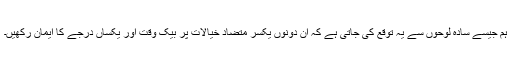
ہم جیسے سادہ لوحوں سے یہ توقع کی جاتی ہے کہ ان دونوں یکسر متضاد خیالات پر بیک وقت اور یکساں درجے کا ایمان رکھیں۔